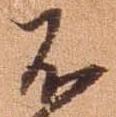
不